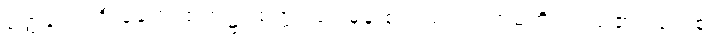
မတ္ထကေ၊ ဦးခေါင်းထက်၌။ စက္ကံ၊ သင်ဓုန်းစက်သည်။ ဘမတိ၊ လည်၏။ ယေစ၊